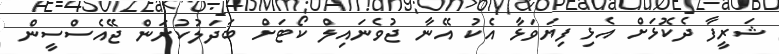
ޝަރީފާ ދެކޮޅަށް އެޅި ފިޔަވަޅާ އެކު އޭނާ ޖުވެނައިލް ކޯޓަށް ބަދަލުކުރަން ޖޭއެސްސީން